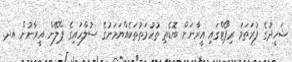
ޝަހީދުގެ ފުރަތަމަ ރިޕޯޓްގައި އީރާނަށް ބޮޑެތި ތުހުމަތުތަކެއްޔަމަނުގެ ސުލްހައިގެ ޕްލޭން އީރާނުން އދ.